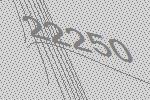
22250